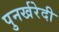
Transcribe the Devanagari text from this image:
पुनर्खरेदी